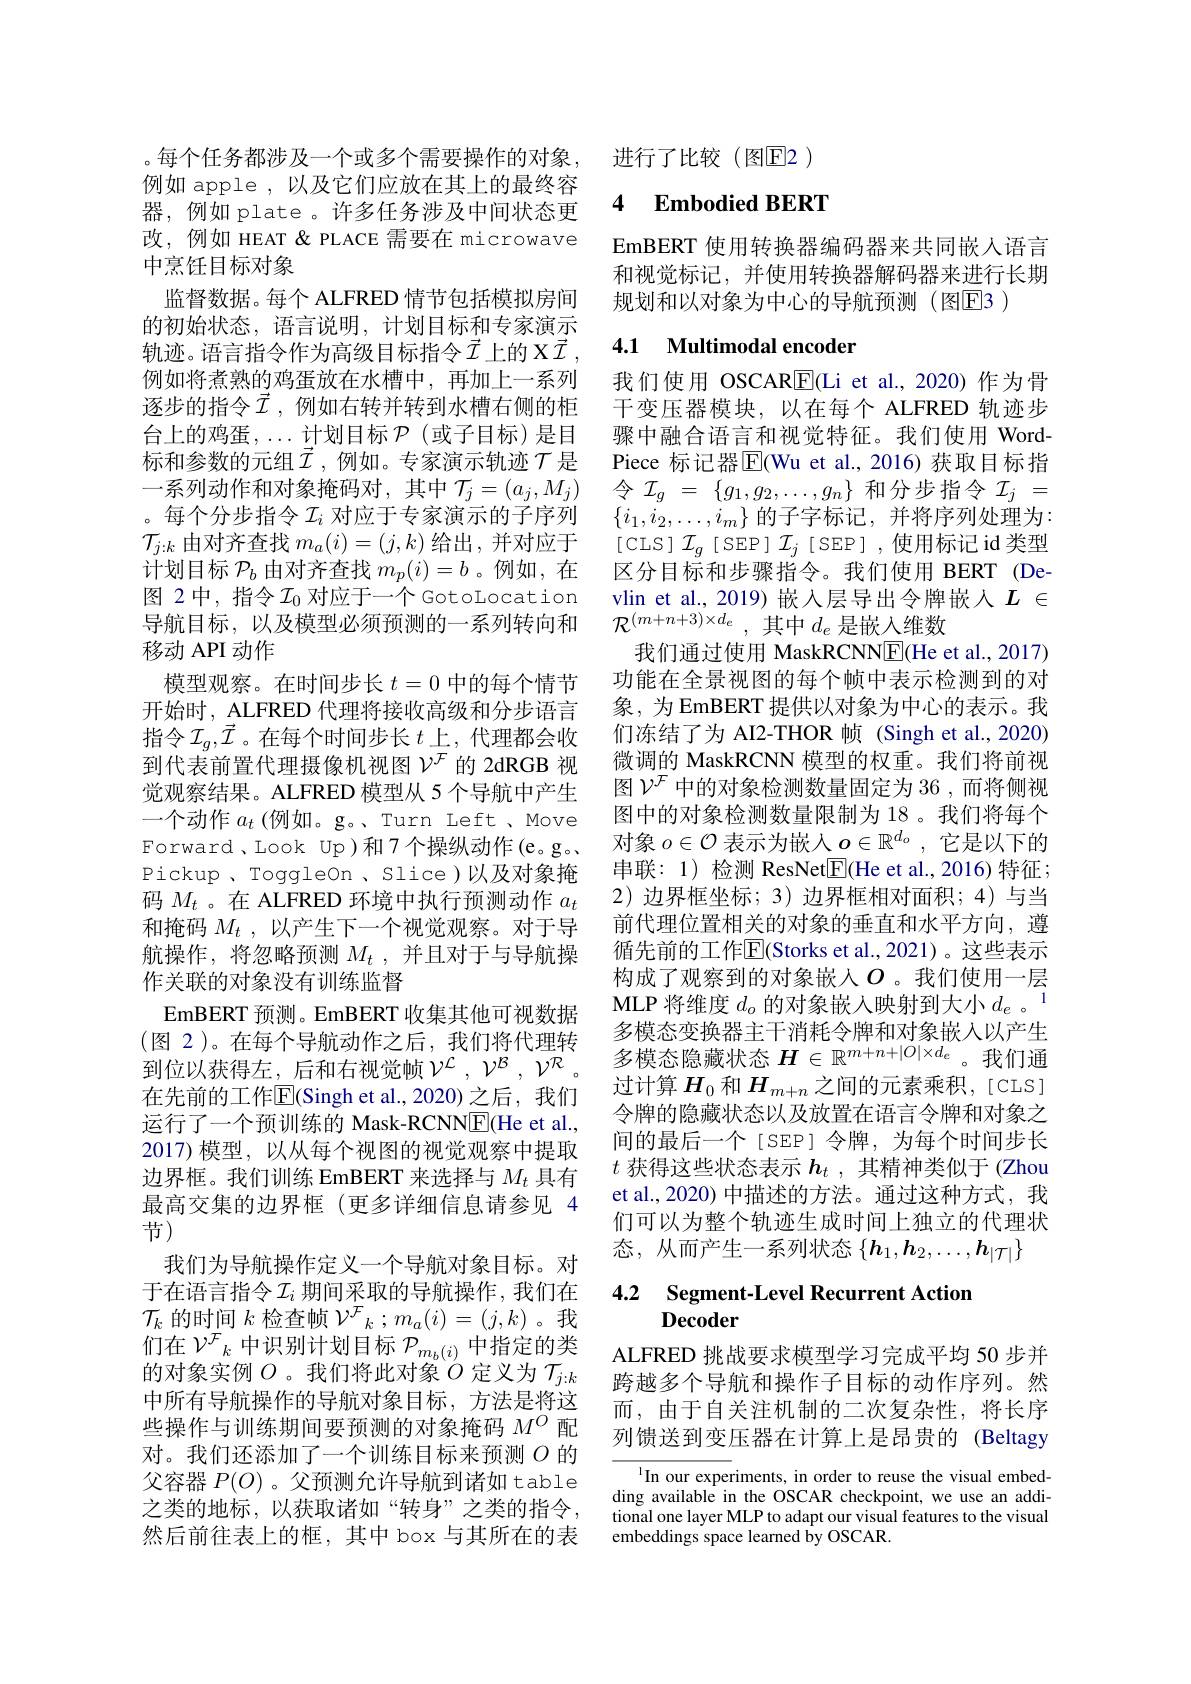
。每个任务都涉及一个或多个需要操作的对象， 例如 apple ,以及它们应放在其上的最终容器，例如 plate。许多任务涉及中间状态更改，例如 HEAT & PLACE 需要在 microwave 中烹饪目标对象
监督数据。每个 ALFRED 情节包括模拟房间的初始状态，语言说明，计划目标和专家演示轨迹。语言指令作为高级目标指令$\vec{I}$上的 X$\vec{I}$, 例如将煮熟的鸡蛋放在水槽中，再加上一系列逐步的指令$\vec{I}$,例如右转并转到水槽右侧的柜台上的鸡蛋，...计划目标$\mathcal{P}$ (或子目标)是目标和参数的元组$\vec{\mathcal{I}}$,例如。专家演示轨迹$\mathcal{T}$是一系列动作和对象掩码对，其中$\mathcal{T}_j=(a_j,M_j)$ 。每个分步指令$\mathcal{I}_i$对应于专家演示的子序列$\mathcal{T}_{j:k}$由对齐查找$m_a(i)=(j,k)$给出，并对应于$\dot{\text{计划目标 }P}_b$由对齐查找$m_p(i)=b$ 。例如，在图 2中，指令$\mathcal{I}_0$对应于一个 GotoLocation 导航目标，以及模型必须预测的一系列转向和移动 API 动作
模型观察。在时间步长$t=0$中的每个情节开始时，ALFRED 代理将接收高级和分步语言指令$\mathcal{I}_g,\vec{\mathcal{I}}$。在每个时间步长$t$ 上，代理都会收到代表前置代理摄像机视图$\mathcal{V}^\mathrm{F}$的 2dRGB 视觉观察结果。ALFRED 模型从 5 个导航中产生一个动作$a_t$ (例如。g。、Turn Left、Move Forward , Look Up )和 7 个操纵动作(e。g。Pickup 、ToggleOn 、Slice )以及对象掩码$M_t$ 。在 ALFRED 环境中执行预测动作$a_t$ 和掩码$M_t$ ,以产生下一个视觉观察。对于导航操作，将忽略预测$M_t$ ,并且对于与导航操作关联的对象没有训练监督
EmBERT 预测。EmBERT 收集其他可视数据(图 2)。在每个导航动作之后，我们将代理转到位以获得左，后和右视觉帧$\mathcal{V}^\mathcal{L},\mathcal{V}^\mathcal{B},\mathcal{V}^\mathcal{R}$。在先前的工作$\overline{\mathrm{E}}$(Singh et al.,2020)之后，我们运行了一个预训练的 Mask-RCNN$\underline{\mathrm{F}}($He et al., 2017) 模型，以从每个视图的视觉观察中提取边界框。我们训练 EmBERT 来选择与$M_t$具有最高交集的边界框(更多详细信息请参见 4节)
我们为导航操作定义一个导航对象目标。对于在语言指令$\mathcal{I}_i$ 期间采取的导航操作，我们在$\mathcal{T}_k$的时间$k$检查帧$\mathcal{V}^\mathcal{F}_k;m_a(i)=(j,k)$。我们在$\mathcal{V}^\mathcal{F}_k$中识别计划目标$\mathcal{P}_m_b(i)$中指定的类的对象实例$O$ 。我们将此对象$O$定义为$\mathcal{T}_{j:k}$ 中所有导航操作的导航对象目标，方法是将这些操作与训练期间要预测的对象掩码$M^O$配对。我们还添加了一个训练目标来预测$O$的父容器$P(O)$ 。父预测允许导航到诸如table 之类的地标，以获取诸如“转身”之类的指令， 然后前往表上的框，其中 box 与其所在的表

进行了比较(图E2 )

## 4 $\textbf{Embodied BERT}$

EmBERT 使用转换器编码器来共同嵌入语言和视觉标记，并使用转换器解码器来进行长期规划和以对象为中心的导航预测(图$\overline{\mathrm{E}}$3 )

## 4.1 Multimodal encoder

我们使用 OSCARE(Li et al.,2020)作为骨干变压器模块，以在每个 ALFRED 轨迹步骤中融合语言和视觉特征。我们使用 WordPiece 标记器$\overline{\mathrm{E}}($Wu et al.,2016)获取目标指令 $\mathcal{I}_g~=~\{g_1,g_2,\ldots,g_n\}~$和分步指令 $\mathcal{I}_j~=$ $\{i_{1},i_{2},\ldots,i_{m}\}$的子字标记，并将序列处理为： [CLS$]\mathcal{I}_g[$SEP$]\mathcal{I}_j[$SEP],使用标记$\operatorname{id}$类型区分目标和步骤指令。我们使用 BERT(Devlin et al.,2019)嵌入层导出令牌嵌人$L\in$ $\mathcal{R}^{(m+n+3)\times d_e\:,\:\text{其中 }d_e\text{ 是嵌入维数}}$
我们通过使用 MaskRCNNE(He et al., 2017) 功能在全景视图的每个帧中表示检测到的对象，为 EmBERT 提供以对象为中心的表示。我们冻结了为 AI2-THOR 帧 (Singh et al., 2020) 微调的 MaskRCNN 模型的权重。我们将前视图$\mathcal{V}^\mathcal{F}$中的对象检测数量固定为 36 ,而将侧视图中的对象检测数量限制为 18 。我们将每个对象$o\in\mathcal{O}$表示为嵌人$o\in\mathbb{R}^d_o$,它是以下的串联：1) 检测 ResNet$\boxed{\mathrm{F}}($He et al.,2016)特征； 2)边界框坐标；3)边界框相对面积；4)与当前代理位置相关的对象的垂直和水平方向，遵循先前的工作$\overline{\mathrm{E}}($Storks et al.,2021)。这些表示构成了观察到的对象嵌入$O$。我们使用一层MLP 将维度$d_o$的对象嵌人映射到大小$d_e$ 。多模态变换器主干消耗令牌和对象嵌入以产生多模态隐藏状态$H\in\mathbb{R}^m+n+|O|\times d_e$。我们通过计算$H_0$和$H_{m+n}$之间的元素乘积，[CLS] 令牌的隐藏状态以及放置在语言令牌和对象之间的最后一个[SEP]令牌，为每个时间步长$t$获得这些状态表示$h_t$,其精神类似于 (Zhou et al., 2020) 中描述的方法。通过这种方式，我们可以为整个轨迹生成时间上独立的代理状态，从而产生一系列状态$\{\boldsymbol h_1,\boldsymbol{h}_2,\ldots,\boldsymbol{h}_{|\mathcal{T}|}\}$

## 4.2 Segment-Level Recurrent Action Decoder

ALFRED 挑战要求模型学习完成平均 50 步并跨越多个导航和操作子目标的动作序列。然而，由于自关注机制的二次复杂性，将长序列馈送到变压器在计算上是昂贵的 (Beltagy)

$^{1}$In our experiments, in order to reuse the visual embedding available in the OSCAR checkpoint, we use an additional one layer MLP to adapt our visual features to the visual embeddings space learned by OSCAR.